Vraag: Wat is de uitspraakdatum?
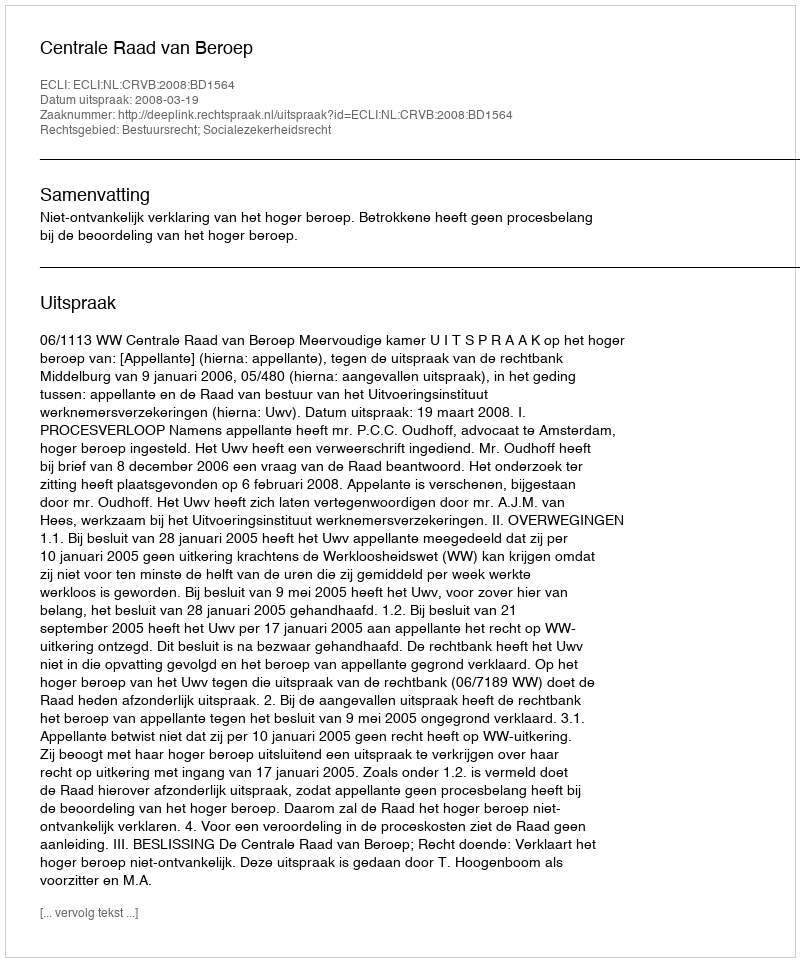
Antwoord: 2008-03-19